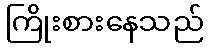
ကြိုးစားနေသည်